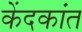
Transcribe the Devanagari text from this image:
केंदकांत